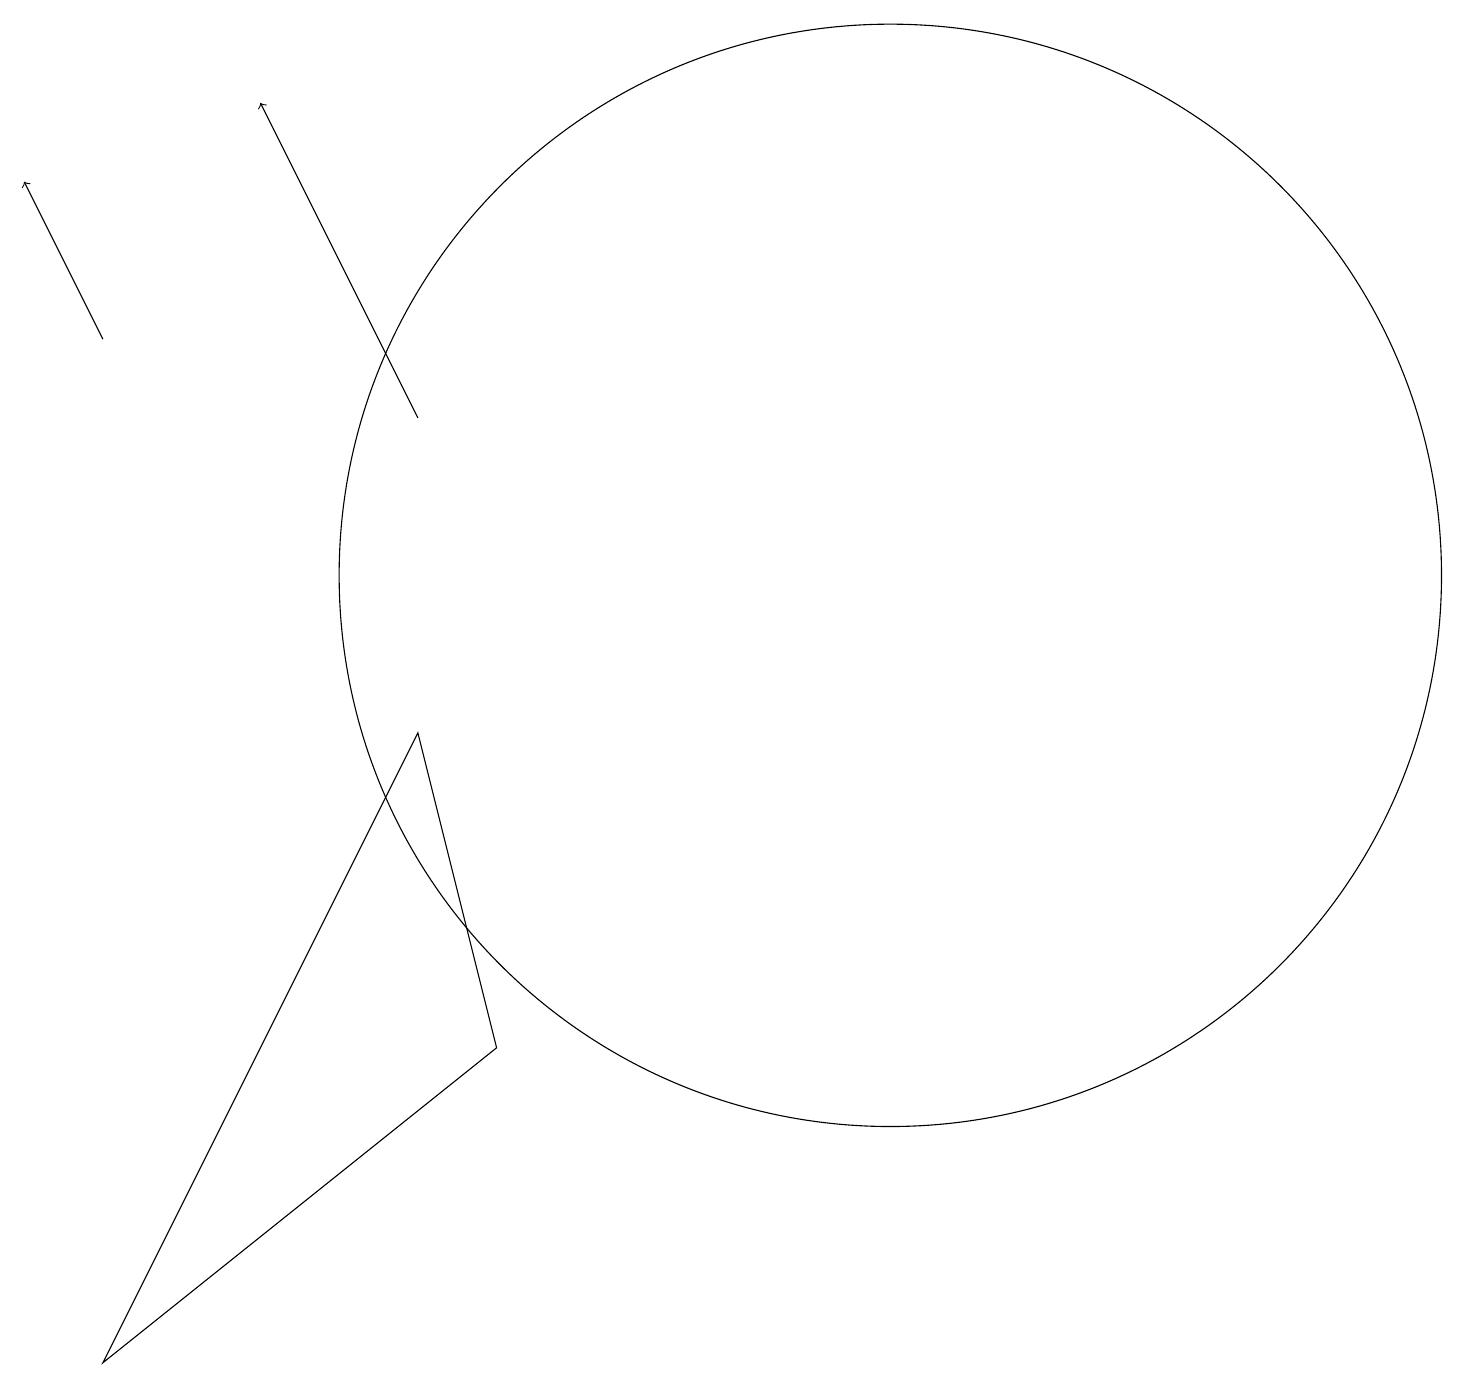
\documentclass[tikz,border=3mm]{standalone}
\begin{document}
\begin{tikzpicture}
\draw[->] (1,14) -- (0,16);
\draw (5,9) -- (1,1) -- (6,5) -- cycle;
\draw (11,11) circle (7);
\draw[->] (5,13) -- (3,17);
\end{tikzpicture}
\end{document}